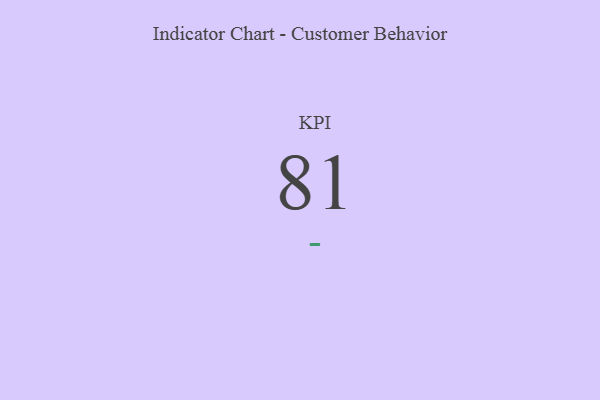
{"axis": {"x": "KPI", "y": "Value"}, "legend": [""], "data": [{"x": "KPI", "y": 81, "type": ""}]}